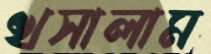
খসালাম